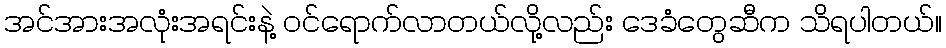
အင်အားအလုံးအရင်းနဲ့ ဝင်ရောက်လာတယ်လို့လည်း ဒေခံတွေဆီက သိရပါတယ်။